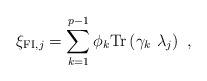
LaTeX: \begin{align*}\xi_{{\rm{\small FI}},j}=\sum_{k=1}^{p-1} \phi_k {\rm Tr}\left(\gamma_k ~ \lambda_j\right)~,\end{align*}